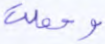
وحملت